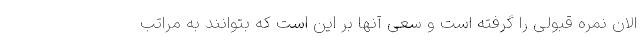
الان نمره قبولی را گرفته است و سعی آنها بر این است که بتوانند به مراتب